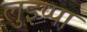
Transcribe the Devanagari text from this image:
लुइप्पा